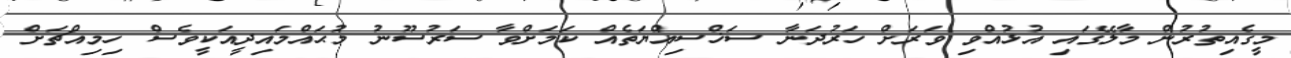
މީގެއިތުރުން މާލޭގައި އުޅުއްވި ވަރަށް ހަރުދަނާ ސަޚްސިއްޔަތެއް ކަމަށްވާ ސަރުސޫނު މުޙައްމައިދީއަކީވެސް ހިމިއްޗަށް